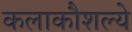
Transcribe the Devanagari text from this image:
कलाकौशल्ये